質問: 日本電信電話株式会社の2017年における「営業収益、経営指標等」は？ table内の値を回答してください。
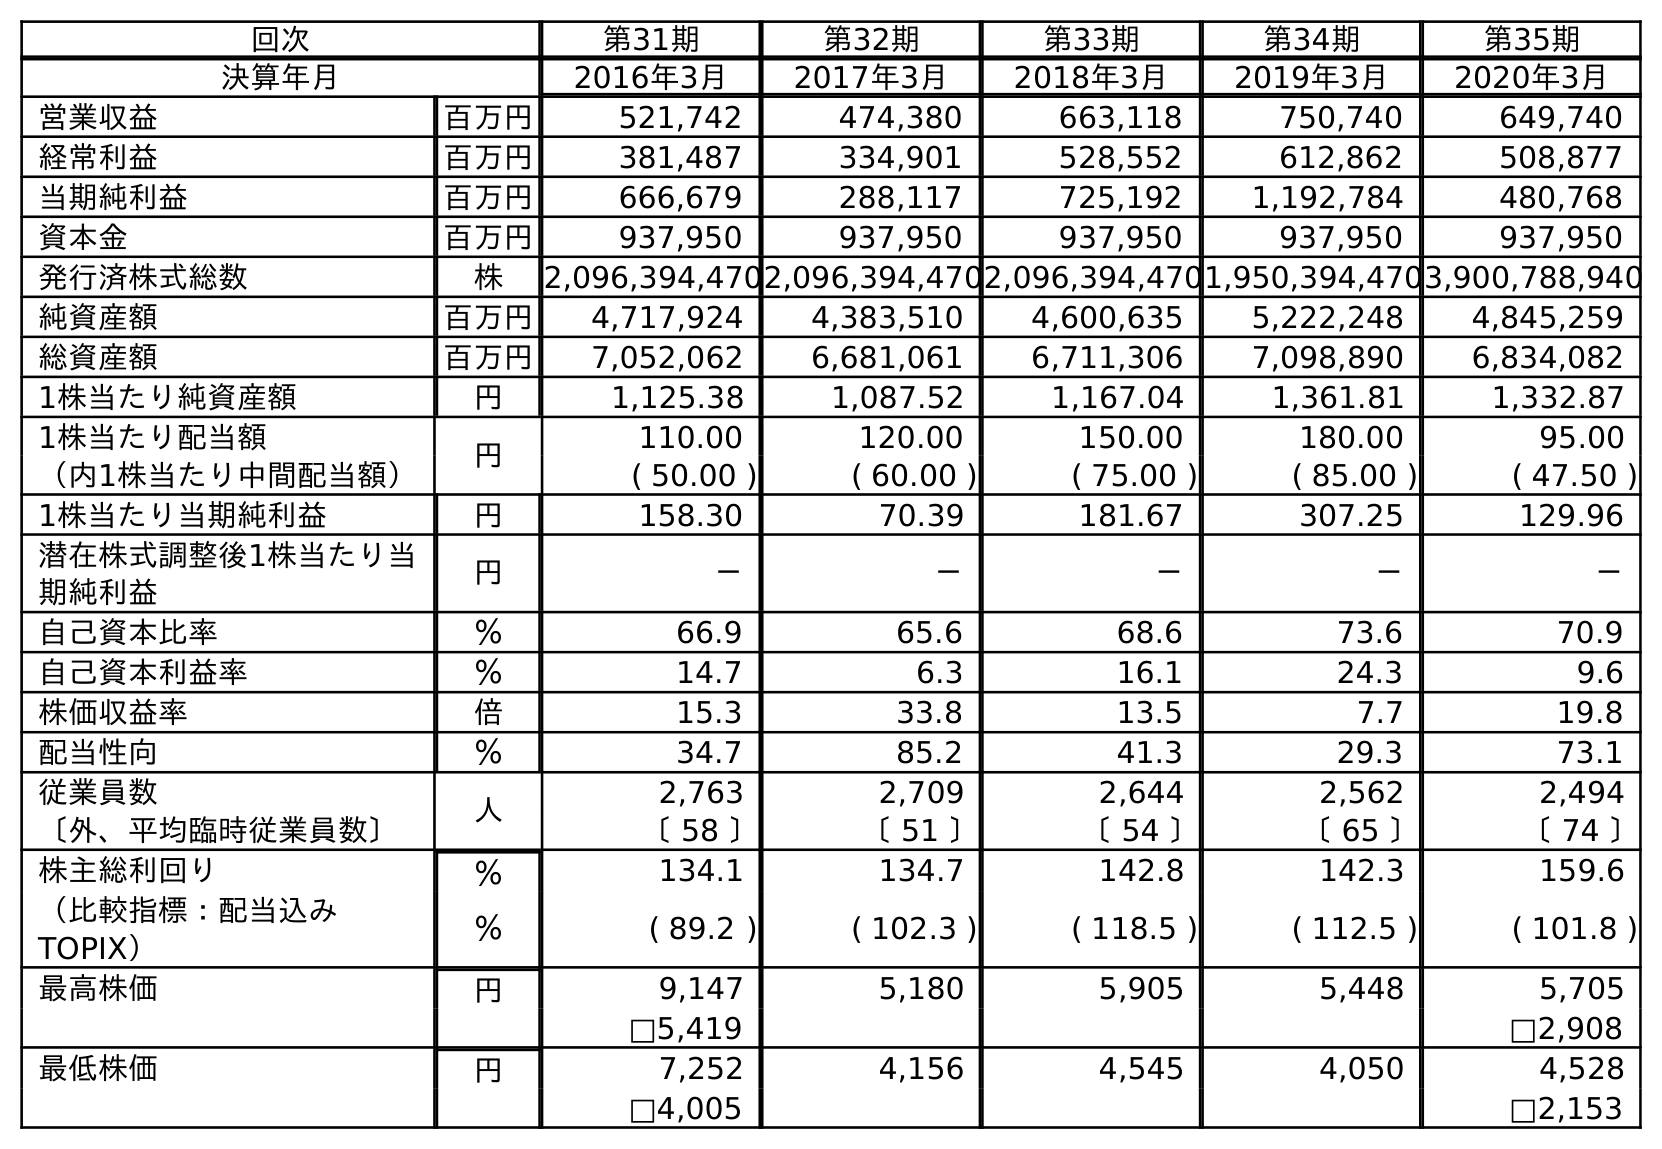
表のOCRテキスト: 回次 第31期 第32期 第33期 第34期 第35期 決算年月 2016年3月 2017年3月 2018年3月 2019年3月 2020年3月 営業収益 百万円 521,742 474,380 663,118 750,740 649,740 経常利益 百万円 381,487 334,901 528,552 612,862 508,877 当期純利益 百万円 666,679 288,117 725,192 1,192,784 480,768 資本金 百万円 937,950 937,950 937,950 937,950 937,950 発行済株式総数 株 2,096,394,4702,096,394,4702,096,394,4701,950,394,4703,900,788,940 純資産額 百万円 4,717,924 4,383,510 4,600,635 5,222,248 4,845,259 総資産額 百万円 7,052,062 6,681,061 6,711,306 7,098,890 6,834,082 1株当たり純資産額 円 1,125.38 1,087.52 1,167.04 1,361.81 1,332.87 1株当たり配当額 円 110.00 120.00 150.00 180.00 95.00 （内1株当たり中間配当額） ( 50.00 ) ( 60.00 ) ( 75.00 ) ( 85.00 ) ( 47.50 ) 1株当たり当期純利益 円 158.30 70.39 181.67 307.25 129.96 潜在株式調整後1株当たり当 期純利益 円 － － － － － 自己資本比率 ％ 66.9 65.6 68.6 73.6 70.9 自己資本利益率 ％ 14.7 6.3 16.1 24.3 9.6 株価収益率 倍 15.3 33.8 13.5 7.7 19.8 配当性向 ％ 34.7 85.2 41.3 29.3 73.1 従業員数 人 2,763 2,709 2,644 2,562 2,494 〔外、平均臨時従業員数〕 〔 58 〕 〔 51 〕 〔 54 〕 〔 65 〕 〔 74 〕 株主総利回り ％ 134.1 134.7 142.8 142.3 159.6 （比較指標：配当込み TOPIX） ％ ( 89.2 ) ( 102.3 ) ( 118.5 ) ( 112.5 ) ( 101.8 ) 最高株価 円 9,147 5,180 5,905 5,448 5,705 □5,419 □2,908 最低株価 円 7,252 4,156 4,545 4,050 4,528 □4,005 □2,153
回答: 474,380